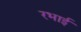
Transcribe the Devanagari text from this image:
रभाई